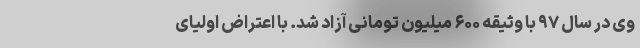
وی در سال ۹۷ با وثیقه ۶۰۰ میلیون تومانی آزاد شد. با اعتراض اولیای